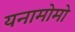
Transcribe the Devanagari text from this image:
यनामोमो